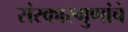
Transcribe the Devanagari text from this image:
संस्कारगुणांचे